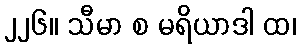
၂၂၆။ သီမာ စ မရိယာဒါ ထ၊